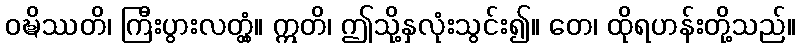
ဝဍ္ဎိဿတိ၊ ကြီးပွားလတ္တံ့။ ဣတိ၊ ဤသို့နှလုံးသွင်း၍။ တေ၊ ထိုရဟန်းတို့သည်။